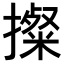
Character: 𢷂